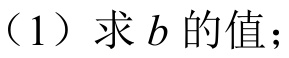
（1）求 \(b\) 的值；